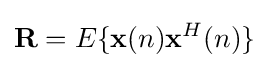
{\mathbf {R} }=E\{{\mathbf {x} }(n){\mathbf {x} ^{H}}(n)\}